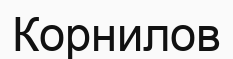
Корнилов